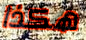
هكذا